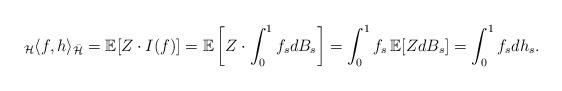
LaTeX: \begin{align*}_{\mathcal{H}}\langle f,h\rangle_{\bar{\mathcal{H}}}=\mathbb{E}[Z\cdot I(f)]=\mathbb{E}\left[Z\cdot\int_{0}^{1}f_{s}dB_{s}\right]=\int_{0}^{1}f_{s} \, \mathbb{E}[ZdB_{s}]=\int_{0}^{1}f_{s}dh_{s}.\end{align*}